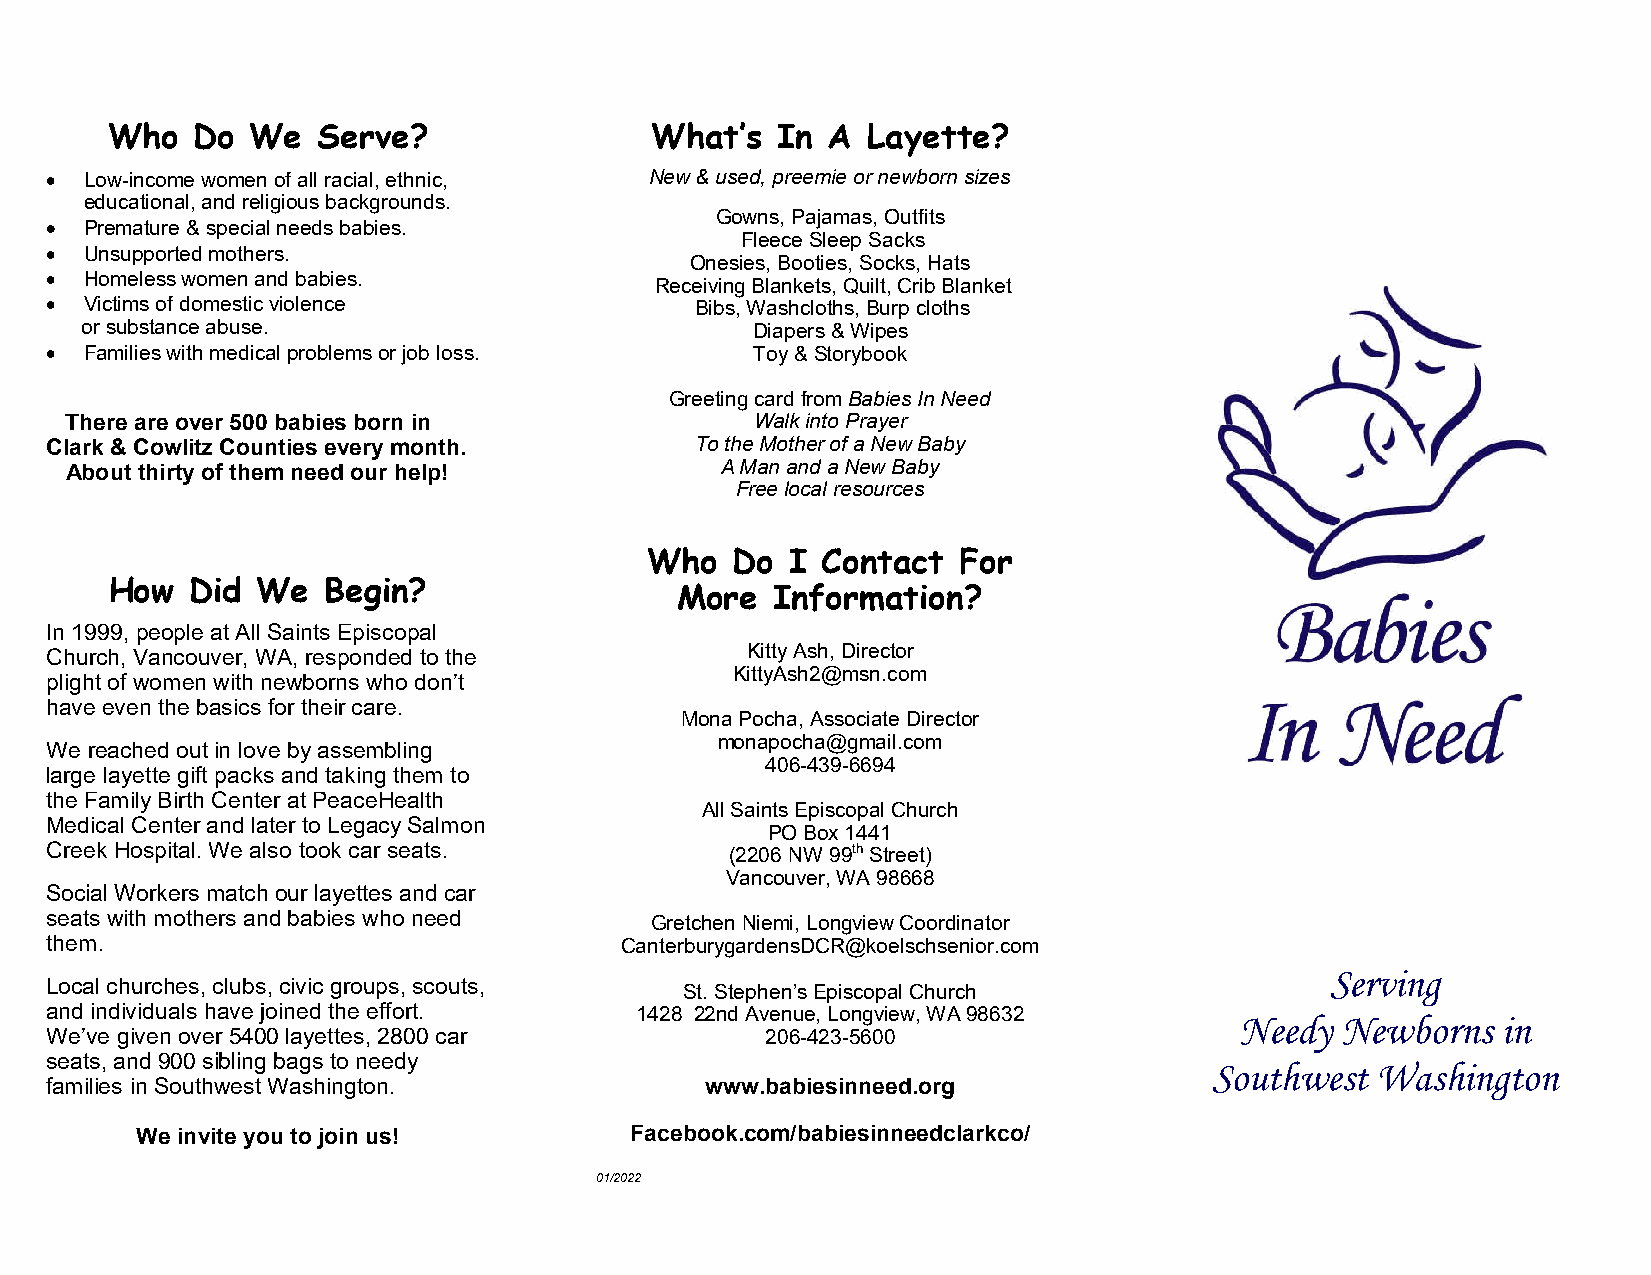
Who   Do  We  Serve?                What’s  In  A Layette?
 •  Low-income women of all racial, ethnic, New & used, preemie or newborn sizes
 educational, and religious backgrounds.
 Gowns, Pajamas, Outfits
 •  Premature & special needs babies.
 Fleece Sleep Sacks
 •  Unsupported mothers.
 Onesies, Booties, Socks, Hats
 •  Homeless women and babies.
 Receiving Blankets, Quilt, Crib Blanket
 •  Victims of domestic violence            Bibs, Washcloths, Burp cloths
 or substance abuse.                          Diapers & Wipes
 •  Families with medical problems or job loss. Toy & Storybook
 Greeting card from Babies In Need
 There are over 500 babies born in             Walk into Prayer
 Clark & Cowlitz Counties every month.      To the Mother of a New Baby
 About thirty of them need our help!         A Man and a New Baby
 Free local resources
 Who   Do I Contact  For
 How   Did We  Begin?
 More  Information?
 In 1999, people at All Saints Episcopal
 Church, Vancouver, WA, responded to the       Kitty Ash, Director
 KittyAsh2@msn.com
 plight of women with newborns who don’t
 have even the basics for their care.
 Mona Pocha, Associate Director
 monapocha@gmail.com
 We reached out in love by assembling
 406-439-6694
 large layette gift packs and taking them to
 the Family Birth Center at PeaceHealth
 All Saints Episcopal Church
 Medical Center and later to Legacy Salmon
 PO Box 1441
 Creek Hospital. We also took car seats.      (2206 NW 99th Street)
 Vancouver, WA 98668
 Social Workers match our layettes and car
 seats with mothers and babies who need  Gretchen Niemi, Longview Coordinator
 them.                                 CanterburygardensDCR@koelschsenior.com
 Serving
 Local churches, clubs, civic groups, scouts, St. Stephen’s Episcopal Church
 and individuals have joined the effort. 1428 22nd Avenue, Longview, WA 98632
 Needy  Newborns  in
 We’ve given over 5400 layettes, 2800 car        206-423-5600
 seats, and 900 sibling bags to needy
 Southwest  Washington
 families in Southwest Washington.           www.babiesinneed.org
 We invite you to join us!        Facebook.com/babiesinneedclarkco/
 01/2022